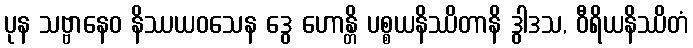
ပုန သဗ္ဗာနေဝ နိဿယဝသေန ဒွေ ဟောန္တိ ပစ္စယနိဿိတာနိ ဒွါဒသ, ဝီရိယနိဿိတံ